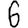
Digit: 6